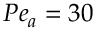
P e _ { a } = 3 0